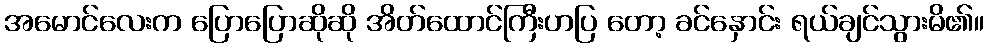
အမောင်လေးက ပြောပြောဆိုဆို အိတ်ထောင်ကြီးဟပြ တော့ ခင်နှောင်း ရယ်ချင်သွားမိ၏။